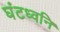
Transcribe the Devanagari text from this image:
घंटध्वनि